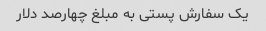
یک سفارش پستی به مبلغ چهارصد دلار